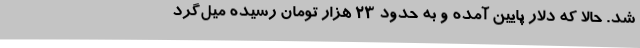
شد. حالا که دلار پایین آمده و به حدود ۲۳ هزار تومان رسیده میل‌گرد